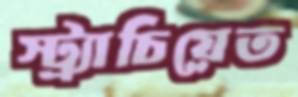
স্ট্র্যাচিয়েত